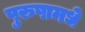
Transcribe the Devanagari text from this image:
पुरुषामधे